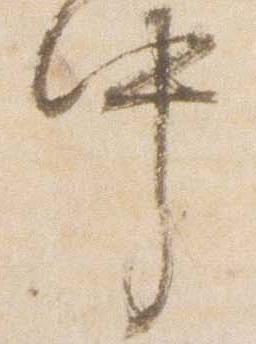
中